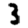
Digit: 3